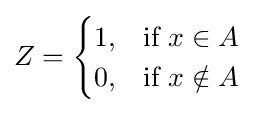
Z={\begin{cases}1,&{\text{if }}x\in A\\0,&{\text{if }}x\notin A\end{cases}}